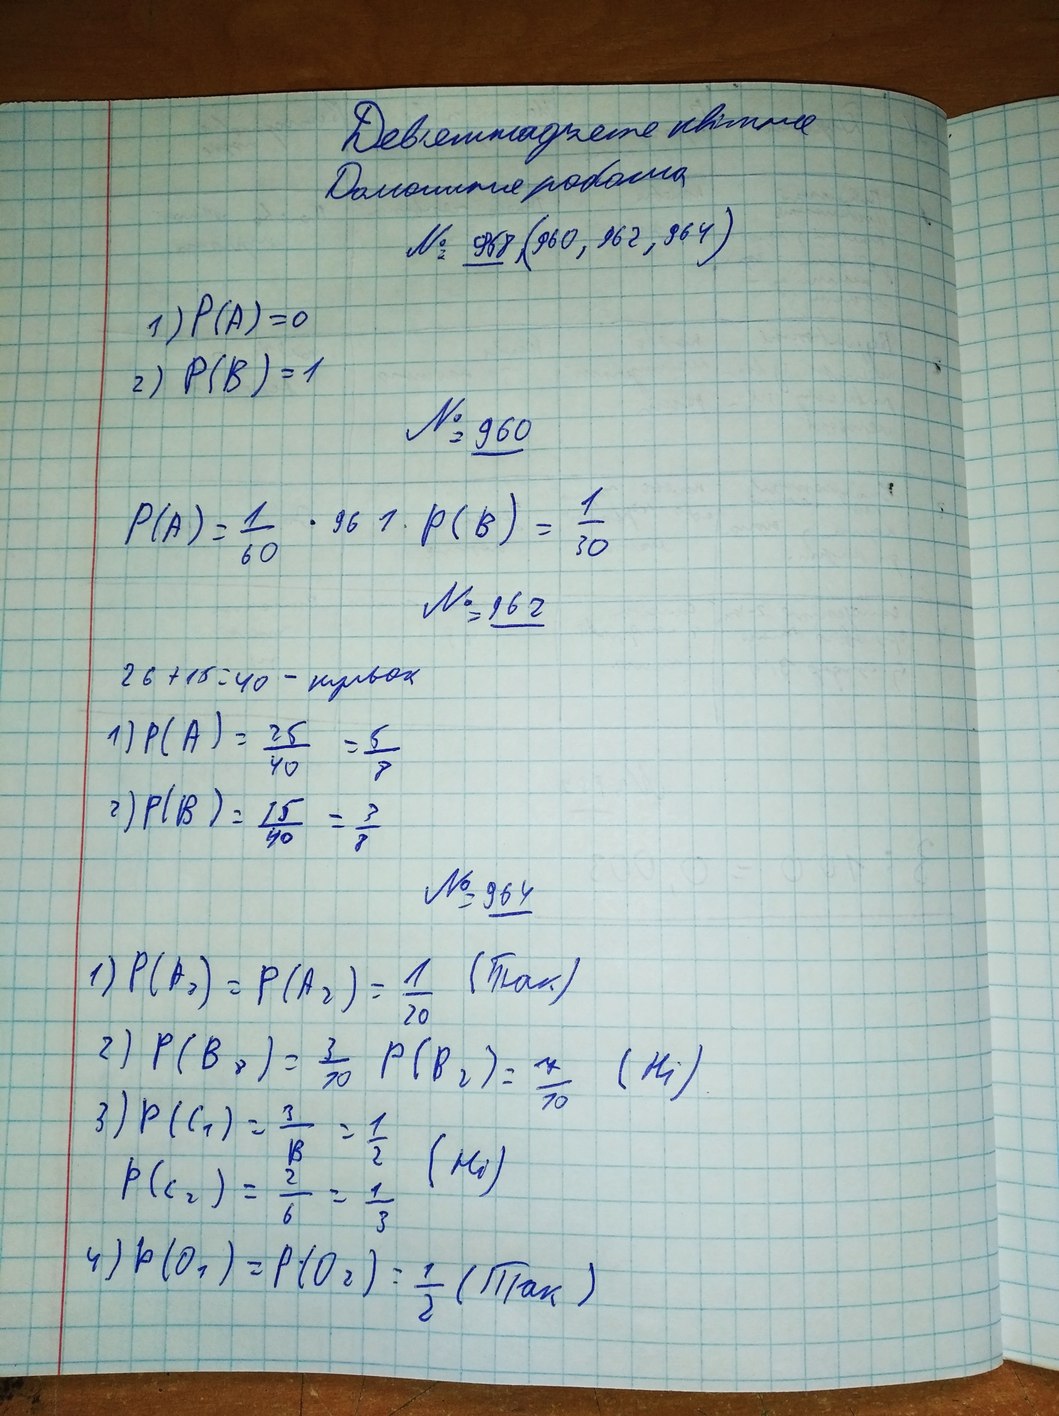
Девʼятнадцяте квітня
Домашня робота
№ 958 (960, 962, 964)
1) P(A) = 0
2) P(B) = 1
№ 960
P(A) = \frac{1}{60} \cdot 961 \cdot P(B) = \frac{1}{30}
№ 162
26 + 15 = 40 - кульок
1) P(A) = \frac{25}{40} = \frac{5}{8}
2) P(B) = \frac{15}{40} = \frac{3}{8}
№ 964
(Так)
1) P(A_1) = P(A_2) = \frac{1}{20} (\text{так})
2) P(B_1) = \frac{3}{10} P(B_2) = \frac{7}{10} (H_i)
(Ні)
3) \begin{matrix} P(C_1) = \frac{3}{6} = \frac{1}{2} \\ P(C_2) = \frac{2}{6} = \frac{1}{3} \end{matrix} (H_0)
(Ні)
4) P(O_1) = P(O_2) = \frac{1}{2} (\text{Пак})
(Так)